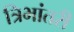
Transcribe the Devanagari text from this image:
त्रिभांतरी